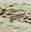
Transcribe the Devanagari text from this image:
मृगगन